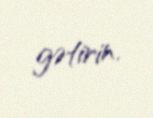
gətirin.